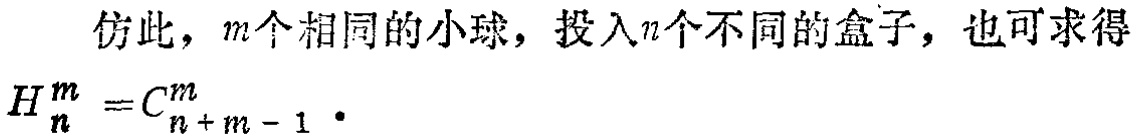
仿此，\(m\)个相同的小球，投入\(n\)个不同的盒子，也可求得

\(H_{n}^{m} =C_{n + m - 1}^{m} \cdot\)